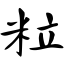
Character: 粒